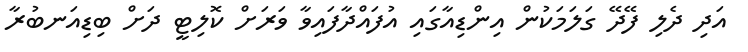
އަދި ދެލި ފޭދޭ ގަލަމަކުން އިންޑިއާގައި އުފައްދާފައިވާ ވަރަށް ކޮލިޓީ ދަށް ބިޑިއަނބުރާ